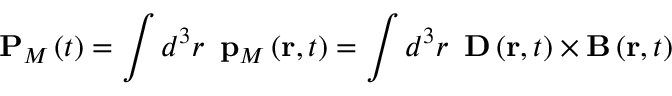
\mathbf { P } _ { M } \left( t \right) = \int d ^ { 3 } r \, \, \, \mathbf { p } _ { M } \left( \mathbf { r } , t \right) = \int d ^ { 3 } r \, \, \, \mathbf { D } \left( \mathbf { r } , t \right) \times \mathbf { B } \left( \mathbf { r } , t \right)